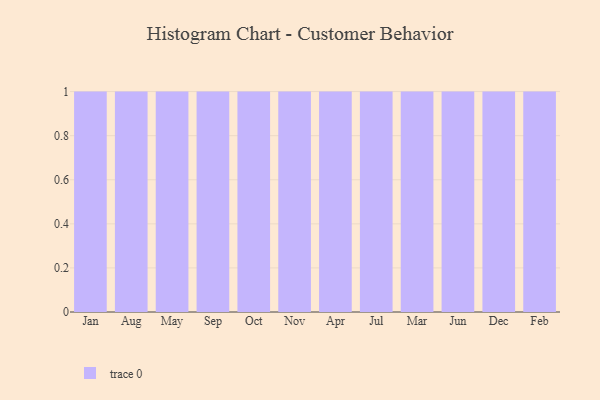
{"axis": {"x": "Month", "y": "Operating Costs (USD K)"}, "legend": [""], "data": [{"x": "Jan", "y": 79, "type": ""}, {"x": "Aug", "y": 3, "type": ""}, {"x": "May", "y": 22, "type": ""}, {"x": "Sep", "y": 93, "type": ""}, {"x": "Oct", "y": 63, "type": ""}, {"x": "Nov", "y": 58, "type": ""}, {"x": "Apr", "y": 40, "type": ""}, {"x": "Jul", "y": 71, "type": ""}, {"x": "Mar", "y": 34, "type": ""}, {"x": "Jun", "y": 93, "type": ""}, {"x": "Dec", "y": 4, "type": ""}, {"x": "Feb", "y": 20, "type": ""}]}